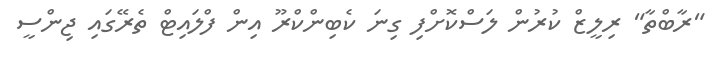
"ރާބްތާ" ރިލީޒް ކުރުން ލަސްކޮށްފި ގިނަ ކެބިންކްރޫ އިން ފްލައިޓް ތެރޭގައި ޖިންސީ